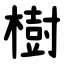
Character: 樹